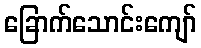
ခြောက်သောင်းကျော်